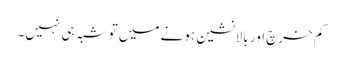
کم خرچ اور بالانشین ہونے میں تو شبہ ہی نہیں۔